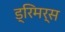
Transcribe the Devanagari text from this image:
ड्रिमर्स